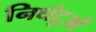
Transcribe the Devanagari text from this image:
निधंटुओं